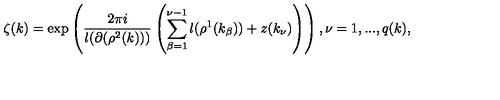
\zeta ( k ) = \exp \left( \frac { 2 \pi i } { l ( \partial ( \rho ^ { 2 } ( k ) ) ) } \left( \sum _ { \beta = 1 } ^ { \nu - 1 } l ( \rho ^ { 1 } ( k _ { \beta } ) ) + z ( k _ { \nu } ) \right) \right) , \nu = 1 , . . . , q ( k ) ,